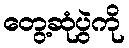
တွေ့ဆုံပွဲကို